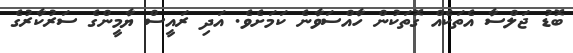
ބޮޑު ޖަލްސާ އެތަކެއް ގޮތަކުން ހާއްސަވާނެ ކަމަށެވެ. އަދި ރައީސް ޔާމީންގެ ސަރުކާރުގެ